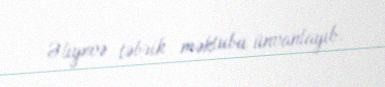
Əliyevə təbrik məktubu ünvanlayıb.